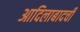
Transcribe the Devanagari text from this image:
आदिलाबादची